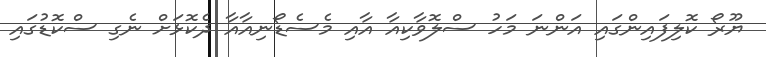
ޔޫރޯ ކޮލިފައިންގައި އަންނަ މަހު ސްލޮވާކިއާ އާއި މެސެޑޯނިއާއާ ދެކޮޅަށް ނެގި ސްކޮޑުގައި